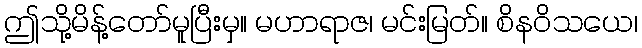
ဤသို့မိန့်တော်မူပြီးမှ။ မဟာရာဇ၊ မင်းမြတ်။ စိနဝိသယေ၊